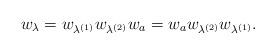
LaTeX: \begin{align*} w_\lambda =w_{\lambda^{(1)}} w_{\lambda^{(2)}} w_a=w_a w_{\lambda^{(2)}} w_{\lambda^{(1)}}. \end{align*}